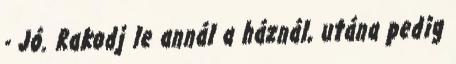
- Jó. Rakodj le annál a háznál, utána pedig